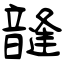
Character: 韼